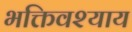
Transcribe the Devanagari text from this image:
भक्तिवश्याय